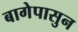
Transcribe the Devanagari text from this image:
बागेपासुन